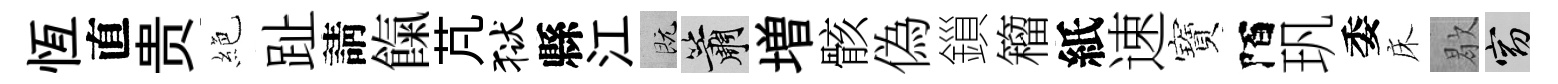
恆直贵絶趾請餼芃狱縣江既簫増骸偽鎻籕紙速寶陌㺬委床歇窈